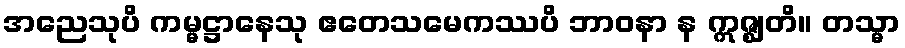
အညေသုပိ ကမ္မဋ္ဌာနေသု ဧတေသမေကဿပိ ဘာဝနာ န ဣဇ္ဈတိ။ တသ္မာ